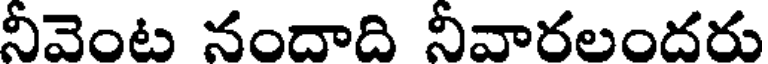
నీవెంట నందాది నీవారలందరు